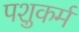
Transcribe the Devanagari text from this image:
पशुकर्म